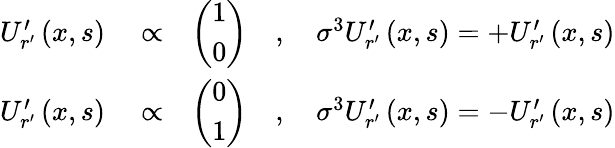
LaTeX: \begin{array}{rlr}{U_{r^{\prime}}^{\prime}\left(x,s\right)}&{{}\propto}&{\left(\begin{array}{c}{1}\\ {0}\end{array}\right)\quad,\quad\sigma^{3}U_{r^{\prime}}^{\prime}\left(x,s\right)=+U_{r^{\prime}}^{\prime}\left(x,s\right)}\\ {U_{r^{\prime}}^{\prime}\left(x,s\right)}&{{}\propto}&{\left(\begin{array}{c}{0}\\ {1}\end{array}\right)\quad,\quad\sigma^{3}U_{r^{\prime}}^{\prime}\left(x,s\right)=-U_{r^{\prime}}^{\prime}\left(x,s\right)}\end{array}